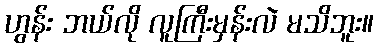
ဟွန်း ဘယ်လို လူကြီးမှန်းလဲ မသိဘူး။